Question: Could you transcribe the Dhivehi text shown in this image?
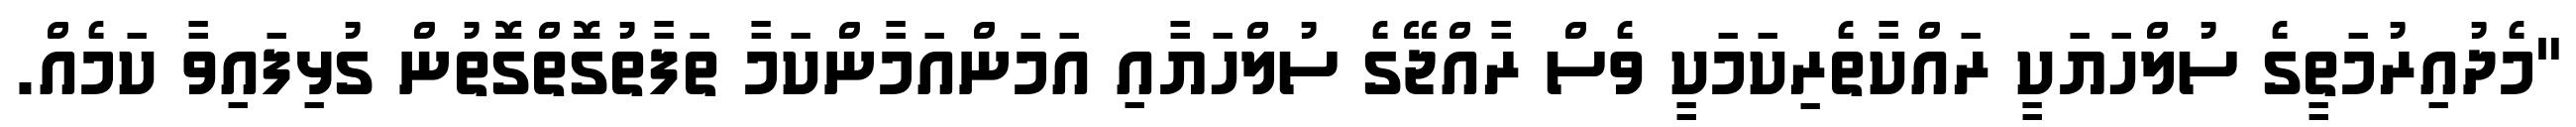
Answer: "މެދުއިރުމަތީގެ ސުލްހަޔަކީ ރައްކާތެރިކަމަކީ ވެސް ރާއްޖޭގެ ސުލްހަޔާއި އަމަންއަމާންކަމާ ތަފާތުގޮތްގޮތުން ގުޅިފައިވާ ކަމެއް.